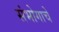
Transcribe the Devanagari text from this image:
संभोगाचे